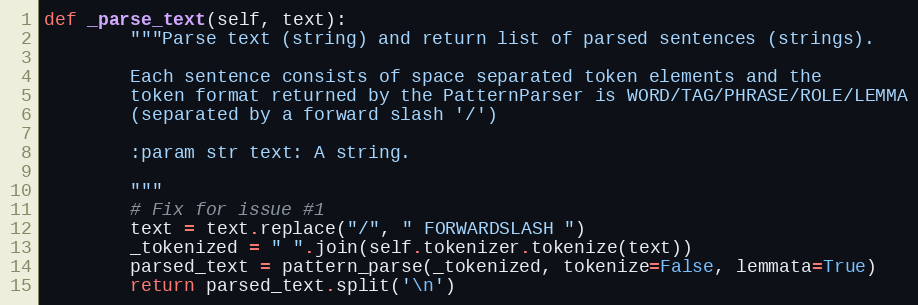
Language: Python
def _parse_text(self, text):
        """Parse text (string) and return list of parsed sentences (strings).

        Each sentence consists of space separated token elements and the
        token format returned by the PatternParser is WORD/TAG/PHRASE/ROLE/LEMMA
        (separated by a forward slash '/')

        :param str text: A string.

        """
        # Fix for issue #1
        text = text.replace("/", " FORWARDSLASH ")
        _tokenized = " ".join(self.tokenizer.tokenize(text))
        parsed_text = pattern_parse(_tokenized, tokenize=False, lemmata=True)
        return parsed_text.split('\n')